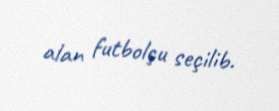
alan futbolçu seçilib.